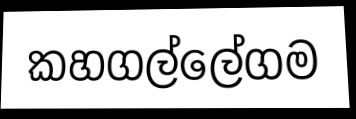
කහගල්ලේගම